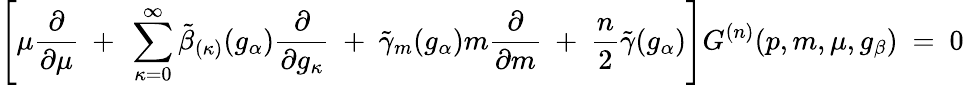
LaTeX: \left[\mu\frac{\partial}{\partial\mu}~+~\sum_{\kappa=0}^{\infty}\tilde{\beta}_{(\kappa)}(g_{\alpha})\frac{\partial}{\partial g_{\kappa}}~+~\tilde{\gamma}_{m}(g_{\alpha})m\frac{\partial}{\partial m}~+~\frac{n}{2}\tilde{\gamma}(g_{\alpha})\right]G^{(n)}(p,m,\mu,g_{\beta})~=~0